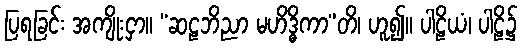
ပြရခြင်း အကျိုးငှာ။ “ဆဠဘိညာ မဟိဒ္ဓိကာ”တိ၊ ဟူ၍။ ပါဠိယံ၊ ပါဠိ၌